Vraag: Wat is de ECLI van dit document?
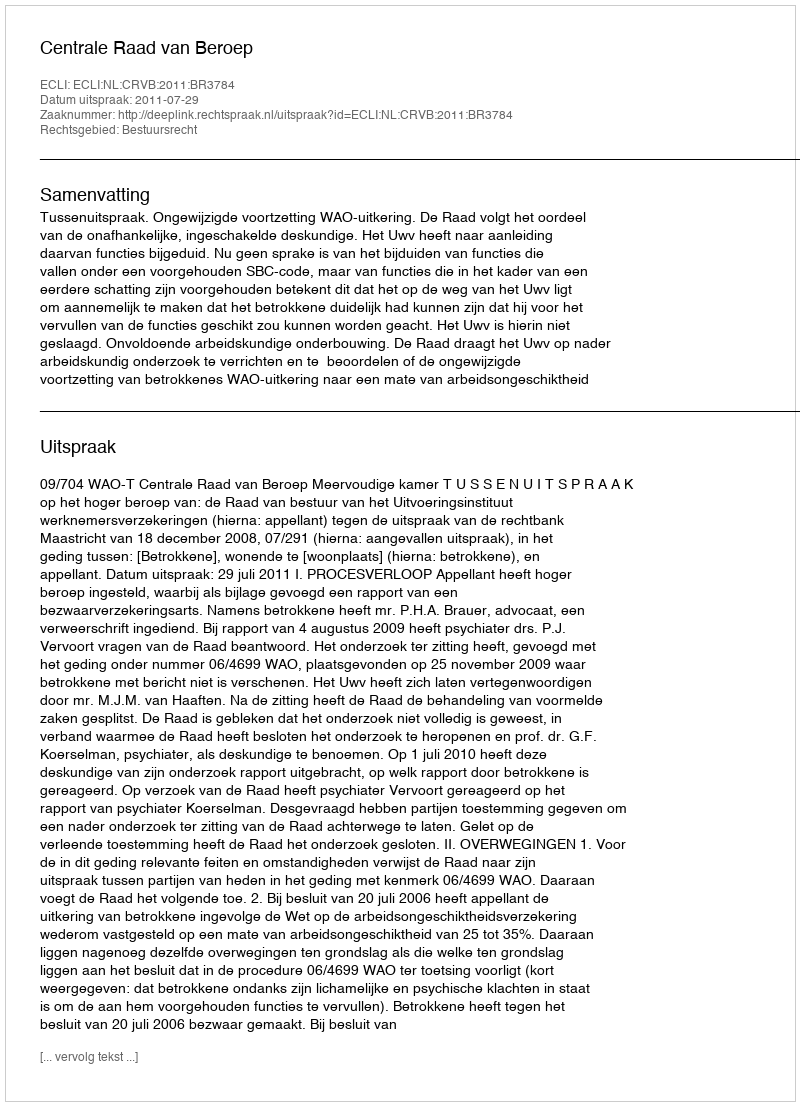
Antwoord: ECLI:NL:CRVB:2011:BR3784